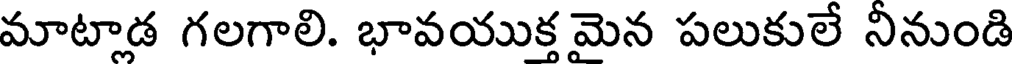
మాటాడ గలగాలి. భావయుక్త మెన పలుకులే నినుండి